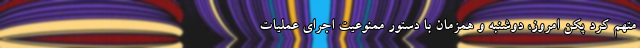
متهم کرد پکن امروز، دوشنبه و همزمان با دستور ممنوعیت اجرای عملیات